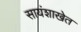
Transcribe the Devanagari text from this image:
सायंशाखेत